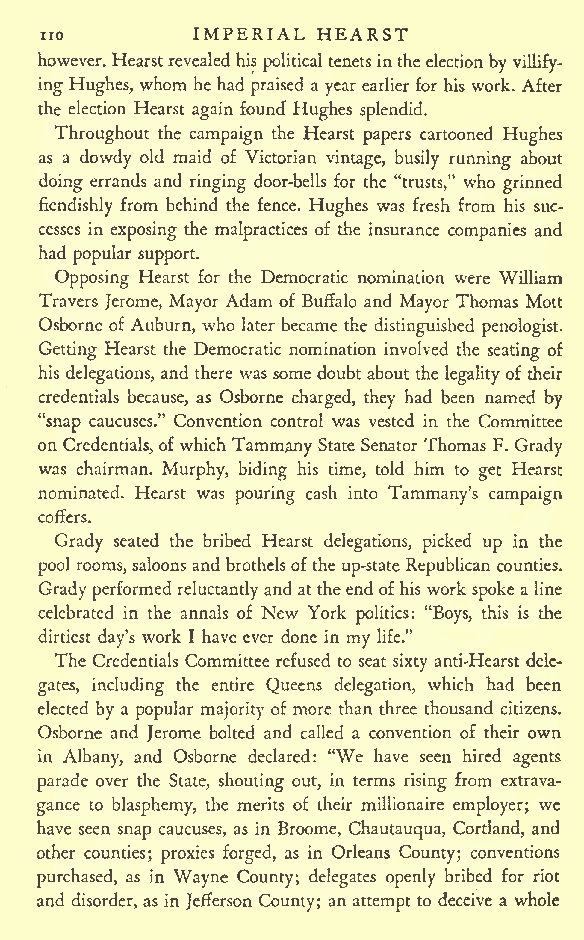
no        IMPERIAL HEARST
 however. Hearstrevealed his politicaltenets inthe election by villify-
 ing Hughes, whom he had praised a year earlier for his work. After
 the election Hearst again found Hughes splendid.
 Throughout the campaign the Hearst papers cartooned Hughes
 as a dowdy old maid of Victorian vintage, busily running about
 doing errands and ringing door-bells for the "trusts," who grinned
 fiendishly from behind the fence. Hughes was fresh from his suc-
 cesses in exposing the malpractices of the insurance companies and
 had
 popular support.
 Opposing Hearst for the Democratic nomination were William
 Travers Jerome, Mayor Adam of Buffalo and Mayor Thomas Mott
 Osborne of Auburn, who later became the distinguished penologist.
 Getting Hearst the Democratic nomination involved the seating of
 his delegations, and there was some doubt about the legality of their
 credentials because, as Osborne charged, they had been named by
 "snap caucuses." Convention control was vested in the Committee
 on Credentials, ofwhichTammany State Senator Thomas F. Grady
 was chairman. Murphy, biding his time, told him to get Hearst
 nominated. Hearst was pouring cash into Tammany's campaign
 coffers.
 Grady seated the bribed Hearst delegations, picked up in the
 pool rooms,saloons and brothelsofthe up-state Republican counties.
 Gradyperformed reluctantly and at theend ofhis work spoke a line
 celebrated in the annals of New York politics: "Boys, this is the
 dirtiest day's work I have ever done in my life."
 The Credentials Committee refused to seat sixty anti-Hearst dele-
 gates, including the entire Queens delegation, which had been
 elected by a popular majority of more than three thousand citizens.
 Osborne and Jerome bolted and called a convention of their own
 in Albany, and Osborne declared: "We have seen hired agents
 parade over the State, shouting out, in terms rising from extrava-
 gance to blasphemy, the merits of their millionaire employer; we
 have seen snap caucuses, as in Broome, Chautauqua, Cortland, and
 other counties; proxies forged, as in Orleans County; conventions
 purchased, as in Wayne County; delegates openly bribed for riot
 and disorder, as in JefTerson County; an attempt to deceive a whole